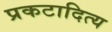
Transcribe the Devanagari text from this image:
प्रकटादित्य